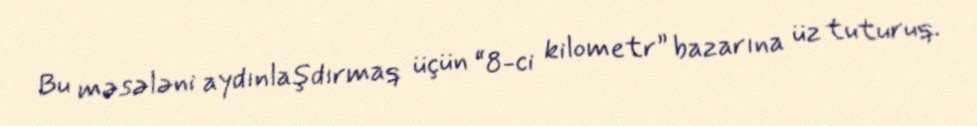
Bu məsələni aydınlaşdırmaq üçün “8-ci kilometr” bazarına üz tuturuq.